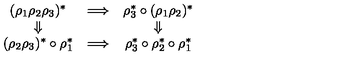
\begin{array} { c c c } { ( \rho _ { 1 } \rho _ { 2 } \rho _ { 3 } ) ^ { * } } & { \Longrightarrow } & { \rho _ { 3 } ^ { * } \circ ( \rho _ { 1 } \rho _ { 2 } ) ^ { * } } \\ { \Downarrow } & { } & { \Downarrow } \\ { ( \rho _ { 2 } \rho _ { 3 } ) ^ { * } \circ \rho _ { 1 } ^ { * } } & { \Longrightarrow } & { \rho _ { 3 } ^ { * } \circ \rho _ { 2 } ^ { * } \circ \rho _ { 1 } ^ { * } } \\ \end{array}